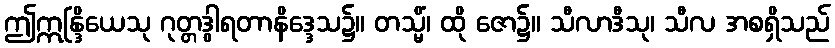
ဤဣန္ဒြိယေသု ဂုတ္တဒွါရတာနိဒ္ဒေသ၌။ တသ္မိံ၊ ထို ဇော၌။ သီလာဒီသု၊ သီလ အစရှိသည်